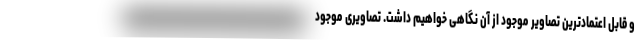
و قابل اعتمادترین تصاویر موجود از آن نگاهی خواهیم داشت. تصاویری موجود